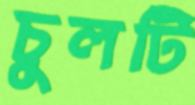
চুলটি